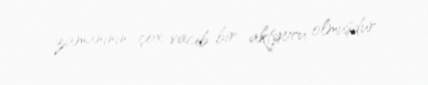
zamanının çox vacib bir aktyoru olmuşdur.